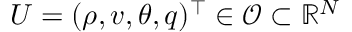
U = ( \rho , v , \theta , q ) ^ { \top } \in \mathcal { O } \subset \mathbb { R } ^ { N }